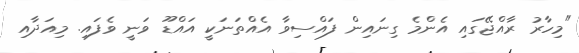
"މިހާރު ރާއްޖޭގައި އެންމެ ގިނައިން ފައްސިވާ އެއްތަނަކީ އައްޑޫ ވަނީ ވެފައި. މިއަދާއި